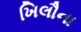
ખિલૌના